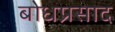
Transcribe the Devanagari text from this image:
बोधप्रसाद